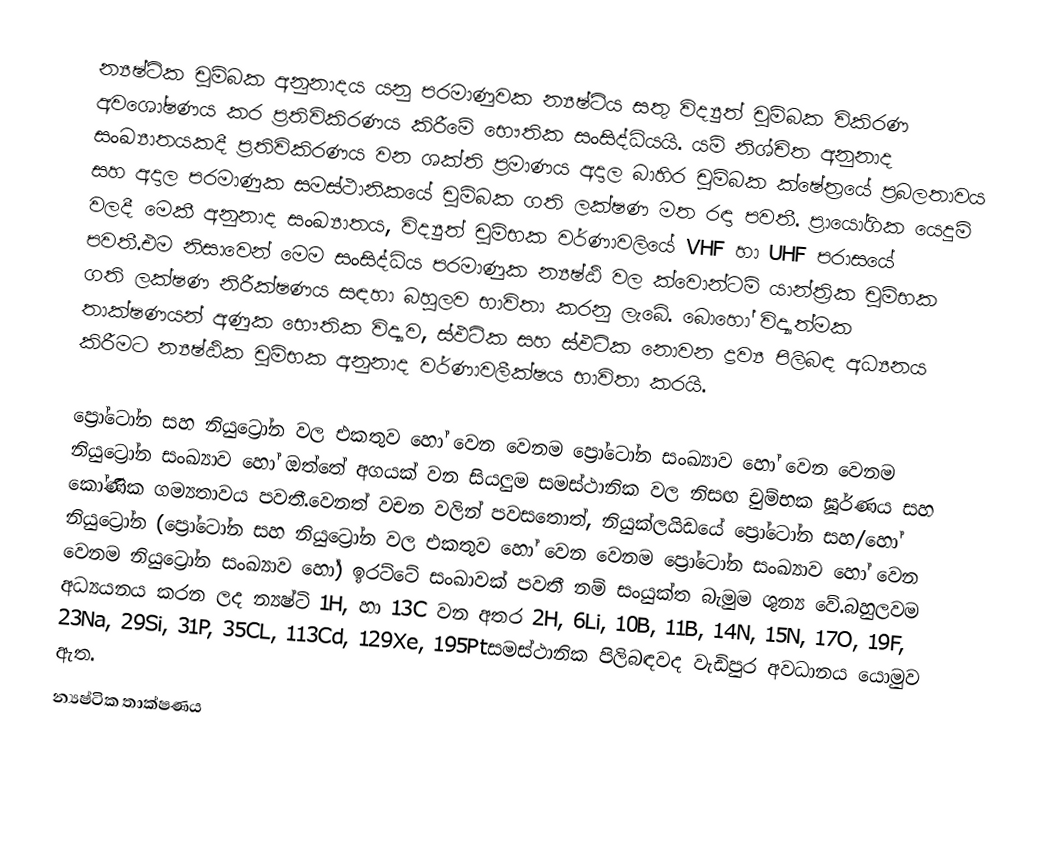
න්‍යෂ්ටික චුම්බක අනුනාදය යනු පරමාණුවක න්‍යෂ්ටිය සතු විද්‍යුත් චුම්බක විකිරණ අවශෝෂණය කර ප්‍රතිවිකිරණය කිරීමේ භෞතික සංසිද්ධියයි.  යම් නිශ්චිත අනුනාද සංඛ්‍යාතයකදී ප්‍රතිවිකිරණය වන ශක්ති ප්‍රමාණය අදාල බාහිර චුම්බක ක්ෂේත්‍රයේ ප්‍රබලතාවය සහ අදාල පරමාණුක සමස්ථානිකයේ චුම්බක ගති ලක්ෂණ මත රඳා පවතී. ප්‍රායෝගික යෙදුම් වලදී මෙකී අනුනාද සංඛ්‍යාතය,  විද්‍යුත් චුම්භක වර්ණාවලියේ VHF හා UHF පරාසයේ පවතී.එම නිසාවෙන් මෙම සංසිද්ධිය පරමාණුක න්‍යෂ්ඨි වල ක්වොන්ටම් යාන්ත්‍රික චුම්භක ගති ලක්ෂණ නිරීක්ෂණය සඳහා බහුලව භාවිතා කරනු ලැබේ. බොහෝ විද්‍යාත්මක තාක්ෂණයන් අණුක භෞතික විද්‍යාව, ස්ඵටික සහ ස්ඵටික නොවන ද්‍රව්‍ය පිලිබඳ අධ්‍යනය කිරීමට න්‍යෂ්ඨික චුම්භක අනුනාද වර්ණාවලීක්ෂය භාවිතා කරයි.

ප්‍රෝටෝන සහ නියුට්‍රෝන වල එකතුව හෝ වෙන වෙනම ප්‍රෝටෝන සංඛ්‍යාව හෝ වෙන වෙනම නියුට්‍රෝන සංඛ්‍යාව හෝ ඔත්තේ අගයක් වන සියලුම සමස්ථානික වල නිසඟ චුම්භක ඝූර්ණය සහ කෝණික ගම්‍යතාවය පවතී.වෙනත් වචන වලින් පවසතොත්, නියුක්ලයිඩයේ ප්‍රෝටෝන සහ/හෝ නියුට්‍රෝන (ප්‍රෝටෝන සහ නියුට්‍රෝන වල එකතුව හෝ වෙන වෙනම ප්‍රෝටෝන සංඛ්‍යාව හෝ වෙන වෙනම නියුට්‍රෝන සංඛ්‍යාව හෝ) ඉරට්ටේ සංඛාවක් පවතී නම් සංයුක්ත බැමුම ශුන්‍ය වේ.බහුලවම අධ්‍යයනය කරන ලද න්‍යෂ්ටි  1H, හා 13C වන අතර 2H, 6Li, 10B, 11B, 14N, 15N, 17O, 19F, 23Na, 29Si, 31P, 35CL, 113Cd, 129Xe, 195Ptසමස්ථානික පිලිබඳවද වැඩිපුර අවධානය යොමුව ඇත.
න්‍යෂ්ටික තාක්ෂණය